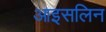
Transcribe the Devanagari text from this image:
आइसलिन